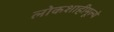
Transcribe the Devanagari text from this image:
लोकशाहीमूल्ये